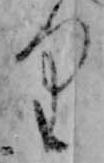
り